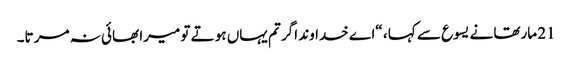
21 مارتھا نے یسوع سے کہا ، “اے خداوند اگر تم یہاں ہو تے تو میرا بھائی نہ مر تا۔